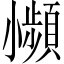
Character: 𫵍